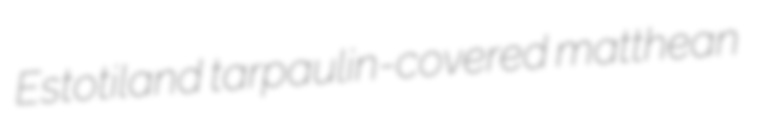
Estotiland tarpaulin-covered matthean